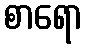
စာရော